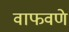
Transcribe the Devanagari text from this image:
वाफवणे